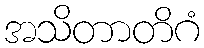
အသိတာတိဂံ